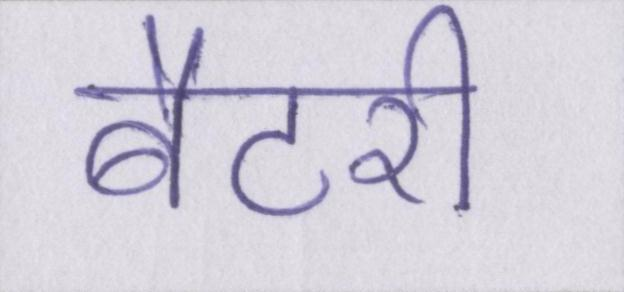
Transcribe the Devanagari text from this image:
बैटरी